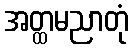
အတ္ထမညာတုံ